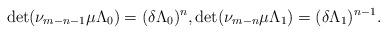
LaTeX: \begin{gather*} \det(\nu_{m-n-1} \mu \Lambda_0) = (\delta \Lambda_0)^n, \det(\nu_{m-n} \mu \Lambda_1) = (\delta \Lambda_1)^{n-1}. \end{gather*}